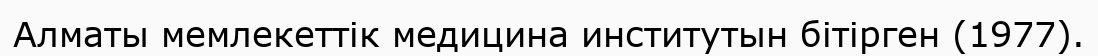
Алматы мемлекеттік медицина институтын бітірген (1977).